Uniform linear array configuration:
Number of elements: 64
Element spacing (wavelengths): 0.5
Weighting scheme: kaiser
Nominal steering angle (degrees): -15
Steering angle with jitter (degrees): -15.116
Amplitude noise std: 0.05
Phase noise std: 0.05

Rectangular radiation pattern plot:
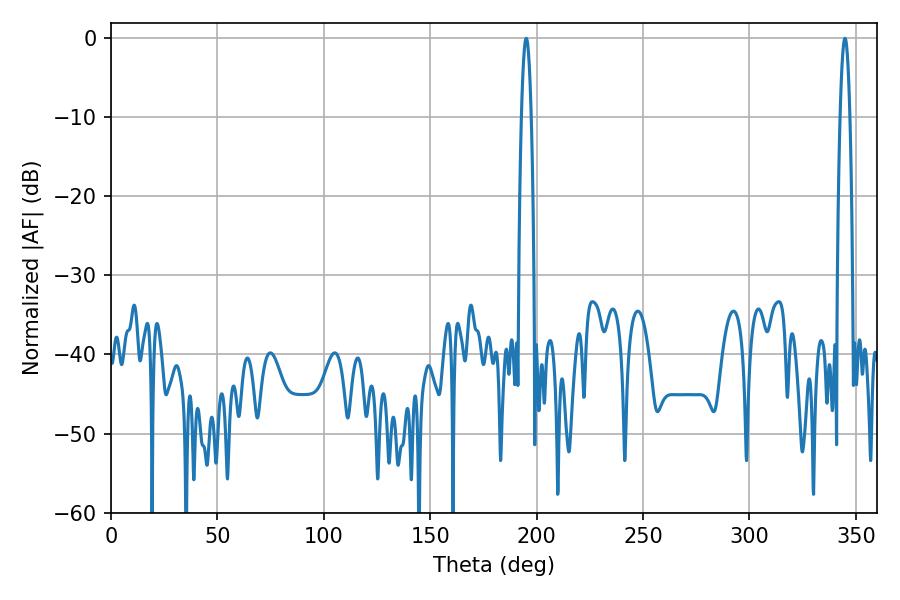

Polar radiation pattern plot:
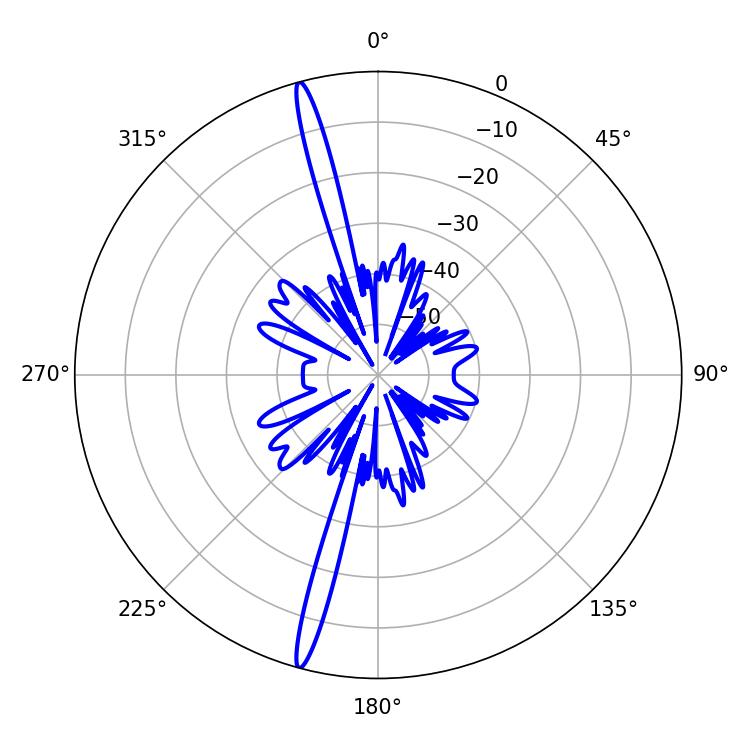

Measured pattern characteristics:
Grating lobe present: FALSE
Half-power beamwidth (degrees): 2.52
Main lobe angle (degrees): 195.12